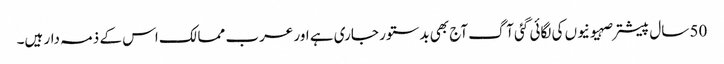
50 سال پیشتر صہیونیوں کی لگائی گئی آگ آج بھی بدستور جاری ہے اور عرب ممالک اس کے ذمہ دار ہیں۔